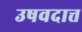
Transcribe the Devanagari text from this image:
उषवदात्त